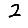
Digit: 2